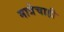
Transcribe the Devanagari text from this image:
मात्रेचाही